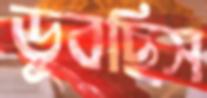
ডুবছিস